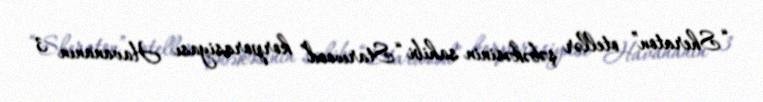
“Sheraton” otellər şəbəkəsinin sahibi “Starwood” korporasiyası Havananın 3